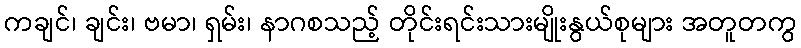
ကချင်၊ ချင်း၊ ဗမာ၊ ရှမ်း၊ နာဂစသည့် တိုင်းရင်းသားမျိုးနွယ်စုများ အတူတကွ